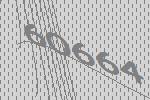
60664